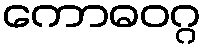
ကောဓဝဂ္ဂ